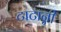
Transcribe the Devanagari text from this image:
टाटान्नी